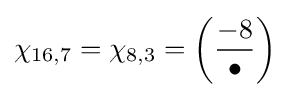
\chi _{16,7}=\chi _{8,3}=\left({\frac {-8}{\bullet }}\right)